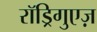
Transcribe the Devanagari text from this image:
रॉड्रिगुएज़